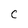
Character: C